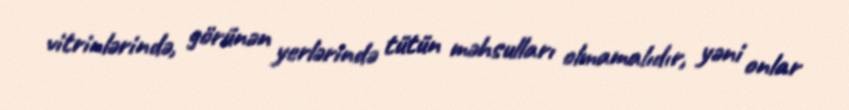
vitrinlərində, görünən yerlərində tütün məhsulları olmamalıdır, yəni onlar